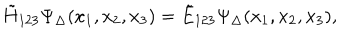
\tilde { H } _ { 1 2 3 } \Psi _ { \Delta } ( x _ { 1 } , x _ { 2 } , x _ { 3 } ) = \tilde { E } _ { 1 2 3 } \Psi _ { \Delta } ( x _ { 1 } , x _ { 2 } , x _ { 3 } ) ,